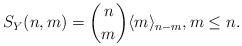
LaTeX: \begin{align*} S_Y(n,m)=\binom{n}{m}\langle m \rangle _{n-m},m\leq n.\end{align*}